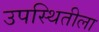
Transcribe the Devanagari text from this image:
उपस्थितीला